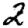
Digit: 2